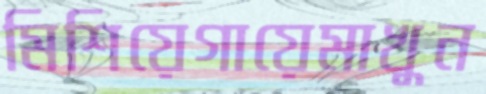
মিশিয়েগায়েমাখুন